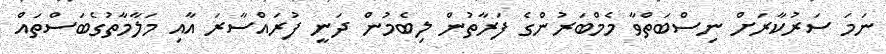
ނަމަ ސަރުކާރަށް ނިސްބަތްވާ މެމްބަރުންގެ ފަރާތުން ލިބެމުން ދަނީ ފުރައްސާރަ އާއި މަލާމާތުގެބަސްތައް